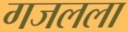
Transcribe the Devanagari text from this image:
गजलला